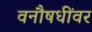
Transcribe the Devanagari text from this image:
वनौषधींवर